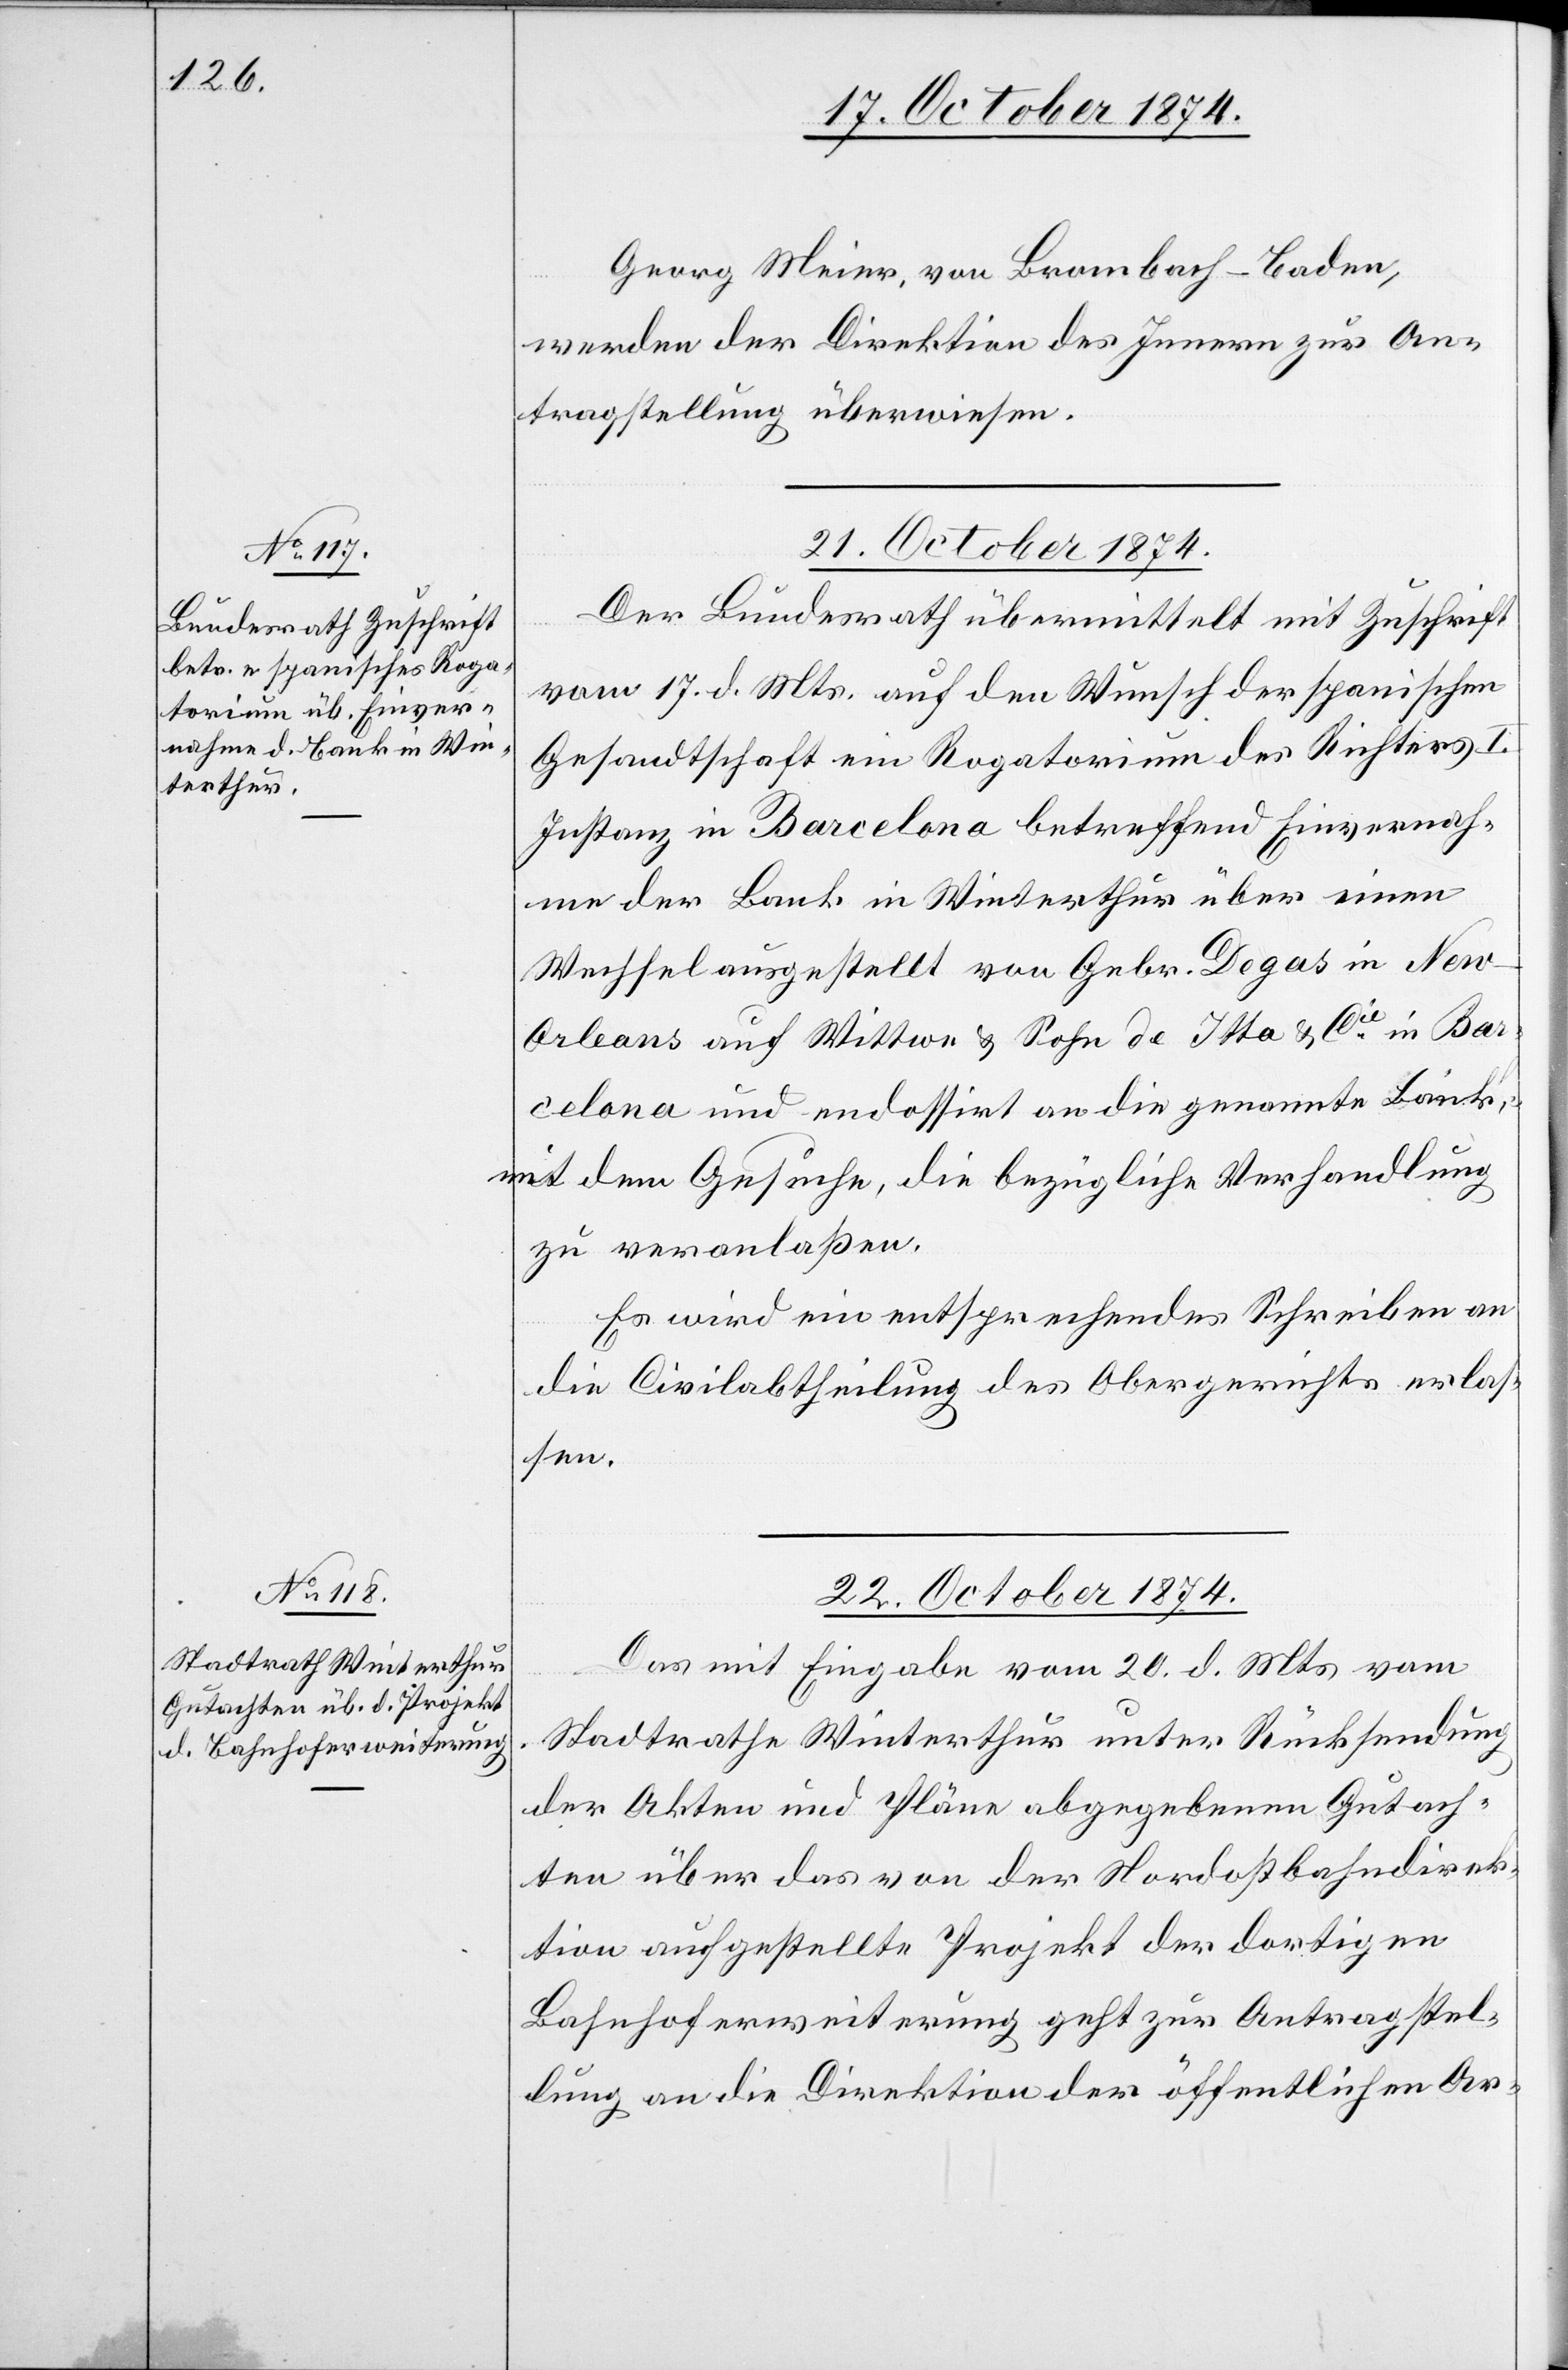
Georg Meier, von Brombach - Baden,
werden der Direktion des Innern zur An¬
tragstellung überwiesen.
21. October 1874.
Der Bundesrath übermittelt mit Zuschrift
vom 17. d. Mts. auf den Wunsche der spanischen
Gesandtschaft ein Rogatorium des Richters I.
Instanz in Barcelona betreffend Einvernah¬
me der Bank in Winterthur über einen
Wechsel ausgestellt von Gebr. Degas in Ne¬
w-Orleans auf Wittwe & Sohn de Itta & Cie in Bar¬
celona und endossirt an die genannte Bank,
mit dem Gesuche, die bezügliche Verhandlung
zu veranlaßen.
22. October 1874.
Das mit Eingabe vom 20. d. Mts. vom
Stadtrathe Winterthur unter Rücksendung
der Akten und Pläne abgegebene Gutach¬
ten über das von der Nordostbahndirek¬
tion aufgestellte Projekt der dortigen
Bahnhoferweiterung geht zur Antragstel¬
lung an die Direktion der öffentlichen Ar-